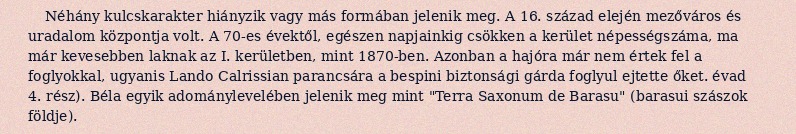
Néhány kulcskarakter hiányzik vagy más formában jelenik meg. A 16. század elején mezőváros és uradalom központja volt. A 70-es évektől, egészen napjainkig csökken a kerület népességszáma, ma már kevesebben laknak az I. kerületben, mint 1870-ben. Azonban a hajóra már nem értek fel a foglyokkal, ugyanis Lando Calrissian parancsára a bespini biztonsági gárda foglyul ejtette őket. évad 4. rész). Béla egyik adománylevelében jelenik meg mint "Terra Saxonum de Barasu" (barasui szászok földje).